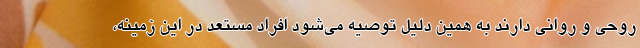
روحی و روانی دارند به همین دلیل توصیه می‌شود افراد مستعد در این زمینه،